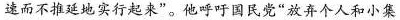
速而不推延地实行起来”。他呼吁国民党”放弃个人和小集